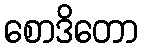
စောဒိတော